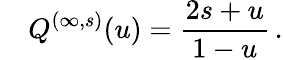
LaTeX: \quad Q^{(\infty,s)}(u)=\frac{2s+u}{1-u}\, .